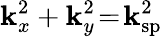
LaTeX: \mathbf{k}_{x}^{2}+\mathbf{k}_{y}^{2}\! =\! \mathbf{k}_{\mathrm{{sp}}}^{2}